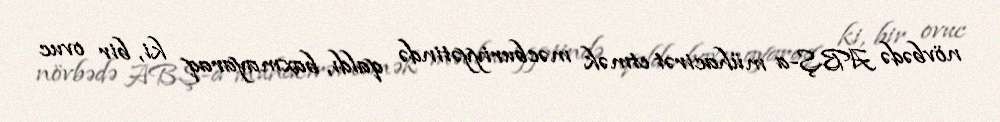
növbədə ABŞ-a mühacirət etmək məcburiyyətində qaldı, baxmayaraq ki, bir ovuc